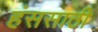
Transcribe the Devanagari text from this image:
हंससाठी